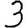
Digit: 3